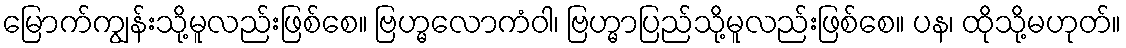
မြောက်ကျွန်းသို့မူလည်းဖြစ်စေ။ ဗြဟ္မလောကံဝါ၊ ဗြဟ္မာပြည်သို့မူလည်းဖြစ်စေ။ ပန၊ ထိုသို့မဟုတ်။